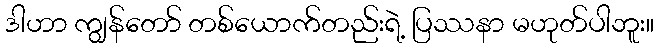
ဒါဟာ ကျွန်တော် တစ်ယောက်တည်းရဲ့ ပြဿနာ မဟုတ်ပါဘူး။